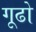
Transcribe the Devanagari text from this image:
गूढो